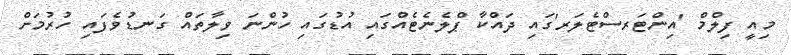
މިއީ ފިލްމް 'އިންޓަރސްޓެލަރ'ގައި ދައްކާ ޕްލެނެޓެއްގައި އުޑުގައި ހުންނަ ވިލާތައް ގަނޑުވެފައި ހުރުމަށް